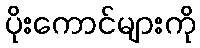
ပိုးကောင်များကို